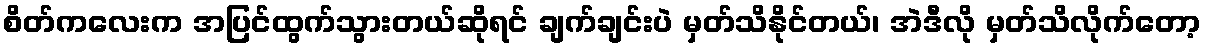
စိတ်ကလေးက အပြင်ထွက်သွားတယ်ဆိုရင် ချက်ချင်းပဲ မှတ်သိနိုင်တယ်၊ အဲဒီလို မှတ်သိလိုက်တော့